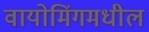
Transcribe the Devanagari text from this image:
वायोमिंगमधील